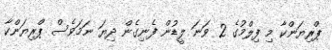
ޕްރިޔަންކާ މި ފިލްމުގެ 2 ވަނަ ލީޑުން ފެނިގެން ދިޔަ ނަމަވެސް ޕްރިޔަންކާ